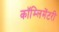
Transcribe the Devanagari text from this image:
कॉम्लिमेंटरी